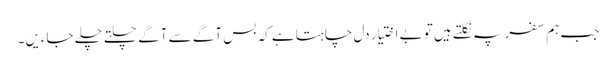
جب ہم سفر پہ نکلتے ہیں تو بے اختیار دل چاہتا ہے کہ بس آگے سے آگے چلتے چلے جاءیں۔